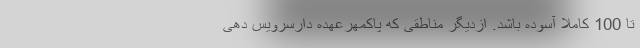
تا 100 کاملا آسوده باشد. ازدیگر مناطقی که پاکمهرعهده دارسرویس دهی